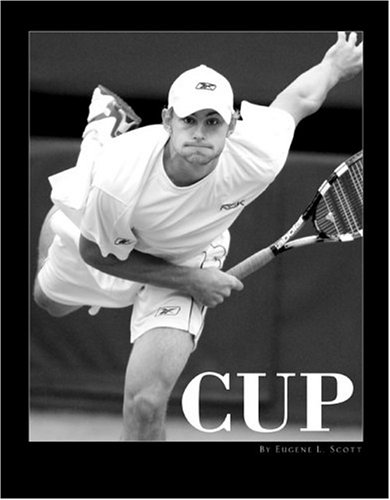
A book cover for CUP (104 years of Davis Cup Tennis); Eugene L. Scott; Sports & Outdoors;